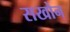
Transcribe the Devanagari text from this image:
सखोन